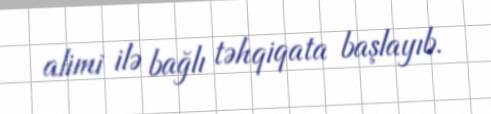
alimi ilə bağlı təhqiqata başlayıb.